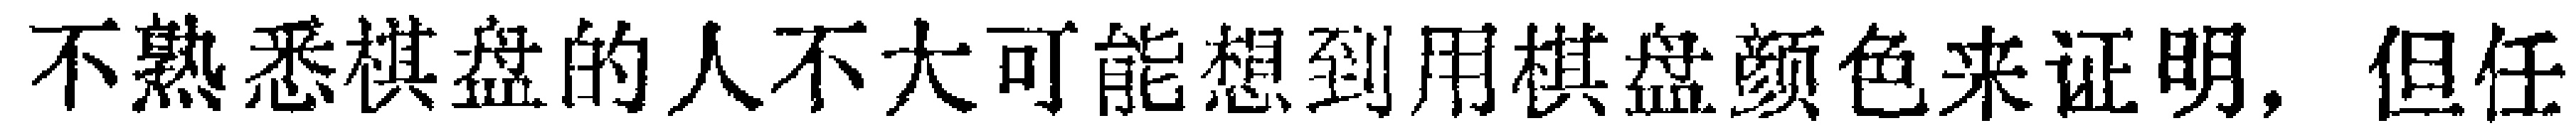
不熟悉棋盘的人不大可能想到用棋盘颜色来证明，但任